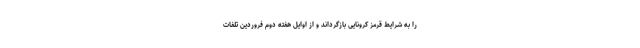
را به شرایط قرمز کرونایی بازگرداند و از اوایل هفته دوم فروردین تلفات